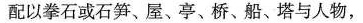
配以拳石或石笋、屋、亭、桥、船、塔与人物，